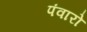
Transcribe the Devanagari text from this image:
पंवारो